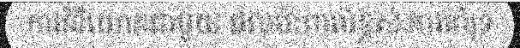
ការវិនិយោគជាមួយ ផលប៉ះពាល់ខ្ពស់.ការគាំទ្រ